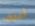
أعرف